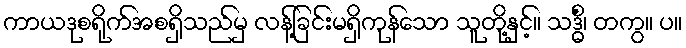
ကာယဒုစရိုက်အစရှိသည်မှ လန့်ခြင်းမရှိကုန်သော သူတို့နှင့်။ သဒ္ဓိံ၊ တကွ။ ပ။